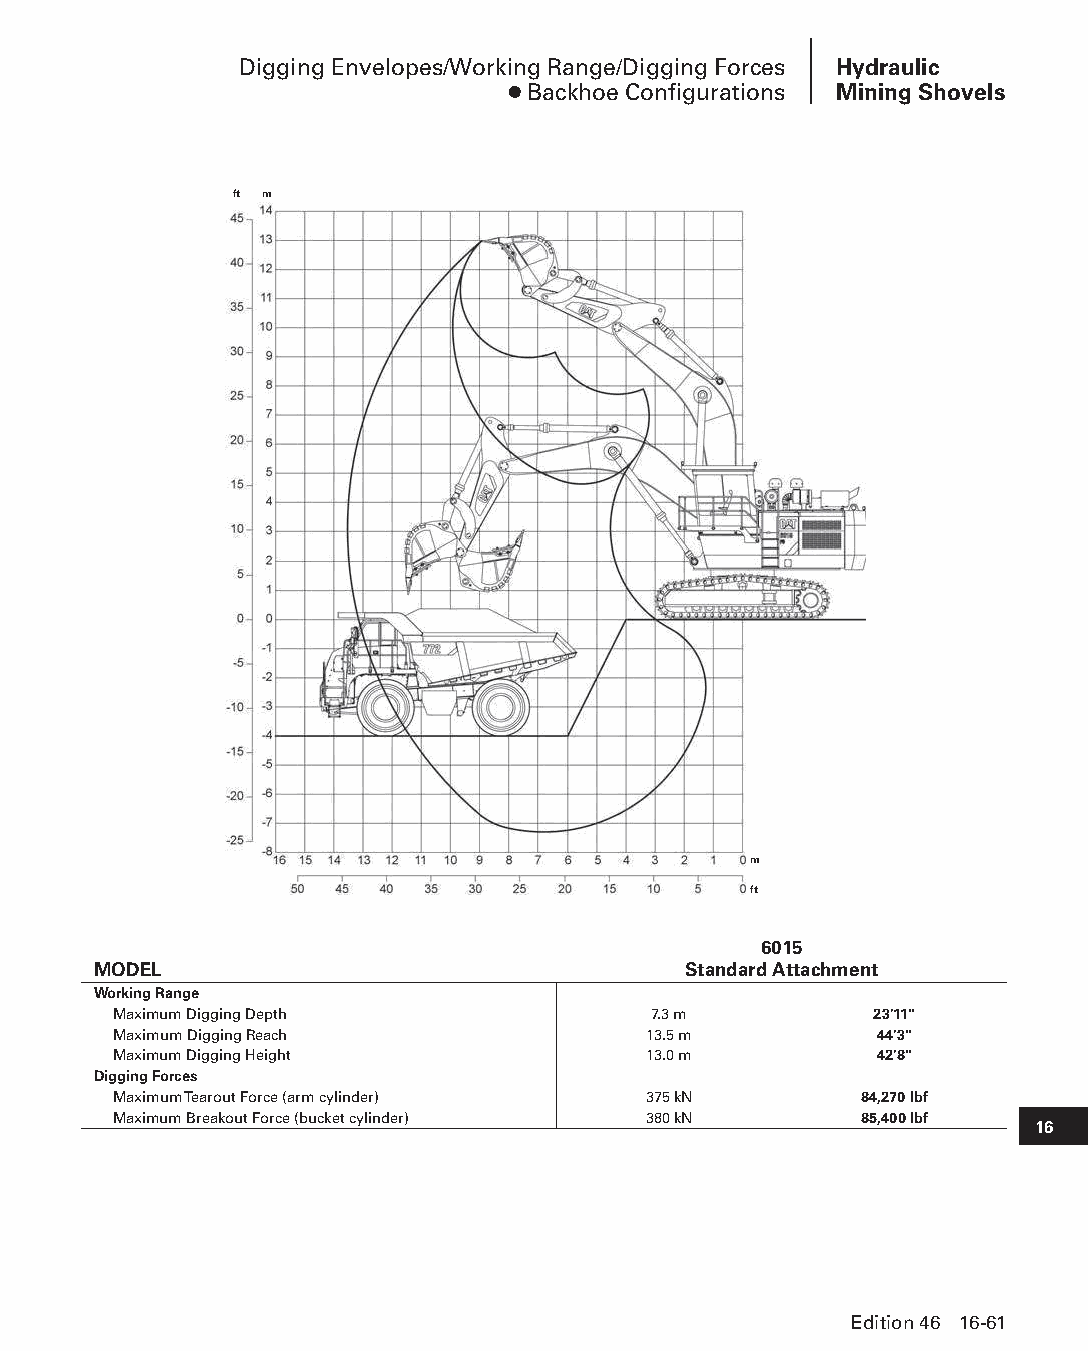
Digging Envelopes/Working Range/Digging Forces Hydraulic
 ● Backhoe Configurations Mining Shovels
 ft m
 m
 ft
 6015
 MODEL                                  Standard Attachment
 Working Range
 Maximum Digging Depth              7.3 m          23'11"
 Maximum Digging Reach              13.5 m         44'3"
 Maximum Digging Height             13.0 m         42'8"
 Digging Forces
 Maximum Tearout Force (arm cylinder) 375 kN      84,270 lbf
 Maximum Breakout Force (bucket cylinder) 380 kN  85,400 lbf
 16
 Edition 46 16-61
 PPHHBB--SSeecc1166--HHyyddrraauulliiccMMiinniinnggSShhoovveellss((ppgg004499--111100))..iinndddd 6611 1122//44//1155 1100::5533 AAMM